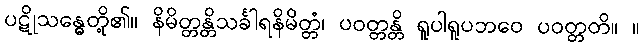
ပဋိုသန္ဓေတို့၏။ နိမိတ္တန္တိသင်္ခါရနိမိတ္တံ၊ ပဝတ္တန္တိ ရူပါရူပဘဝေ ပဝတ္တတိ။ ။